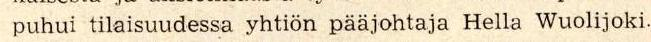
 puhui tilaisuudessa yhtiön pääjohtaja Hella Wuolijoki.